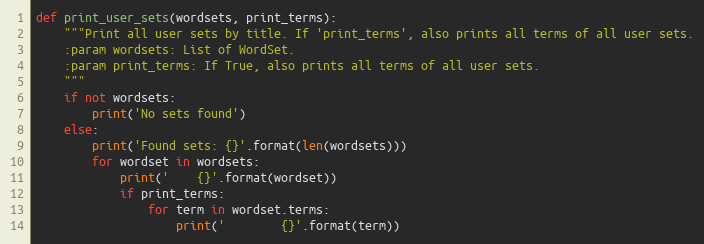
Language: Python
def print_user_sets(wordsets, print_terms):
    """Print all user sets by title. If 'print_terms', also prints all terms of all user sets.
    :param wordsets: List of WordSet.
    :param print_terms: If True, also prints all terms of all user sets.
    """
    if not wordsets:
        print('No sets found')
    else:
        print('Found sets: {}'.format(len(wordsets)))
        for wordset in wordsets:
            print('    {}'.format(wordset))
            if print_terms:
                for term in wordset.terms:
                    print('        {}'.format(term))